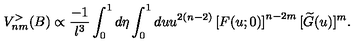
V _ { n m } ^ { > } ( B ) \propto \frac { - 1 } { l ^ { 3 } } \int _ { 0 } ^ { 1 } d \eta \int _ { 0 } ^ { 1 } d u u ^ { 2 ( n - 2 ) } \left[ F ( u ; 0 ) \right] ^ { n - 2 m } [ \widetilde { G } ( u ) ] ^ { m } .